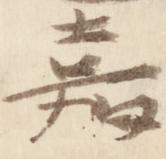
嘉